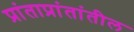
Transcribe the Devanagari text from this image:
प्रांताप्रांतांतील